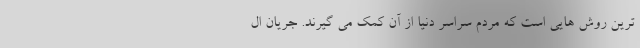
ترین روش هایی است که مردم سراسر دنیا از آن کمک می گیرند. جریان ال